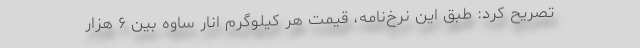
تصریح کرد: طبق این نرخ‌نامه، قیمت هر کیلوگرم انار ساوه بین ۶ هزار